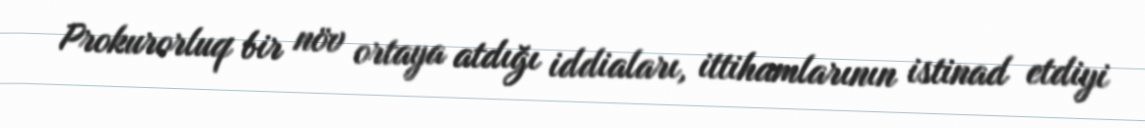
Prokurorluq bir növ ortaya atdığı iddiaları, ittihamlarının istinad etdiyi